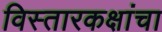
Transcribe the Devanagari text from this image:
विस्तारकक्षांचा